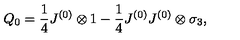
Q _ { 0 } = \frac { 1 } { 4 } J ^ { ( 0 ) } \otimes 1 - \frac { 1 } { 4 } J ^ { ( 0 ) } J ^ { ( 0 ) } \otimes \sigma _ { 3 } ,